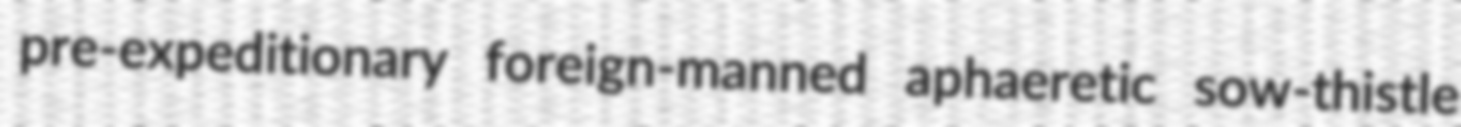
pre-expeditionary foreign-manned aphaeretic sow-thistle